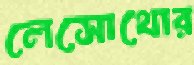
লেসোথোর